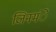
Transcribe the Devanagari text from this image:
जिनमंे